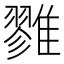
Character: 雡